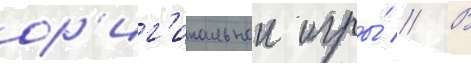
ор'иг'инальнои игры́ // В